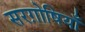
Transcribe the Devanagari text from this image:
सरग़ोषियाँ